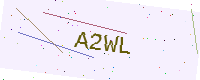
Text: A2WL